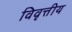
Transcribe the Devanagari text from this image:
विवृत्तीय